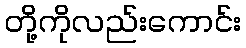
တို့ကိုလည်းကောင်း